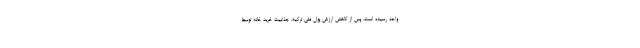
واحد رسیده است. پس از کاهش ارزش پول ملی ترکیه، جذابیت خرید خانه توسط